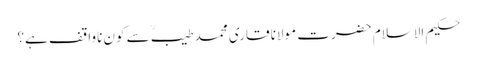
حکیم الاسلام حضرت مولانا قاری محمد طیبؒ سے کون ناواقف ہے؟